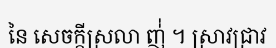
នៃ សេចក្តីស្រលា ញ់់ ។ ស្រាវជ្រាវ